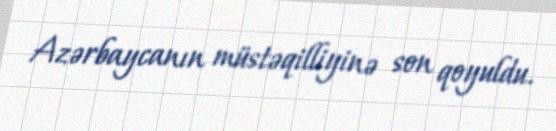
Azərbaycanın müstəqilliyinə son qoyuldu.